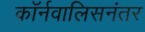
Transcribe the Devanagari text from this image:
कॉर्नवालिसनंतर